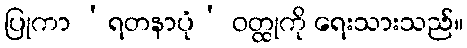
ပြုကာ ‘ရတနာပုံ’ ဝတ္ထုကို ရေးသားသည်။